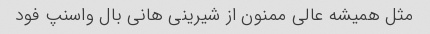
مثل همیشه عالی ممنون از شیرینی هانی بال واسنپ فود